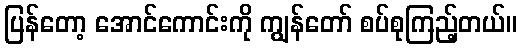
ပြန်တော့ အောင်ကောင်းကို ကျွန်တော် စပ်စုကြည့်တယ်။